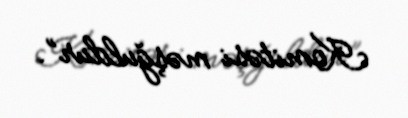
Komitəsi məşğuldur”.